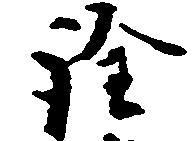
詮